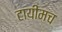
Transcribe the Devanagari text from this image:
टायीमच